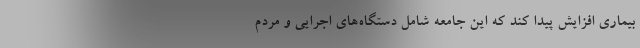
بیماری افزایش پیدا کند که این جامعه شامل دستگاه‌های اجرایی و مردم